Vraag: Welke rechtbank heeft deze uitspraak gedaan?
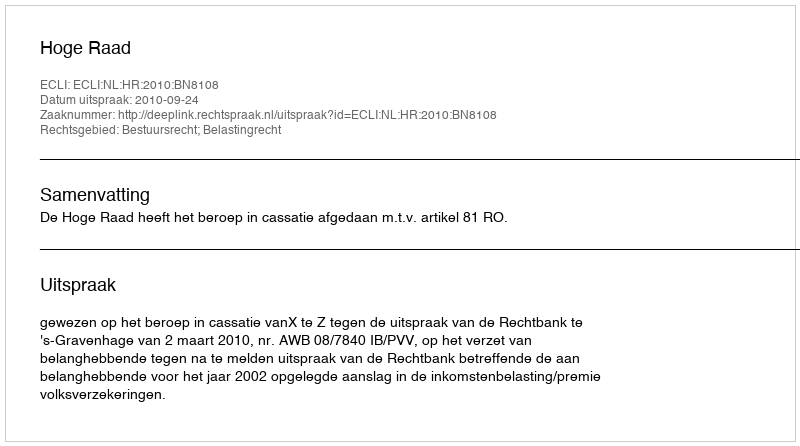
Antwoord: Hoge Raad